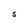
Character: S